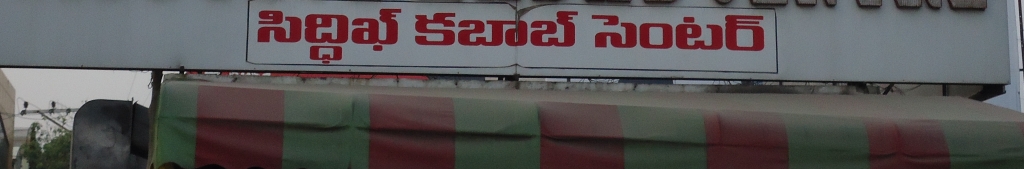
Language: telugu
Transcription: సిద్దీఖ్ కబాబ్ సెంటర్